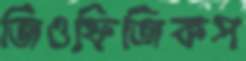
জিওফিজিকস